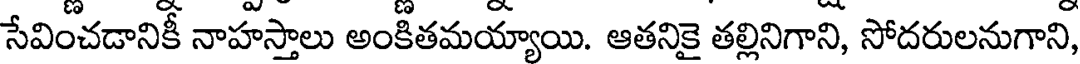
సేవించడానికీ నాహస్తాలు అంకితమయ్యాయి. ఆతనికై తల్లినిగాని, సోదరులనుగాని,